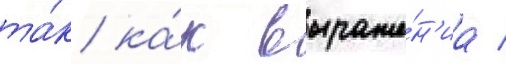
та́к ка́к выраже́н'иа /